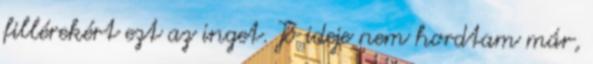
fillérekért ezt az inget. Jó ideje nem hordtam már,